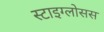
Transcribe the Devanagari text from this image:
स्टाइग्लोसस